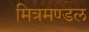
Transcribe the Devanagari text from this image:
मित्रमण्डल